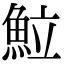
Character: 𩶘